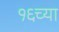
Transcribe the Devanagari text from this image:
१६च्या